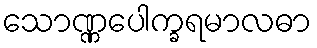
သောဏ္ဏပေါက္ခရမာလဓာ